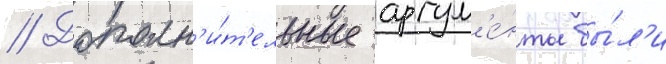
// Дополн'и́т'ельные аргум'е́нты бы́л'и